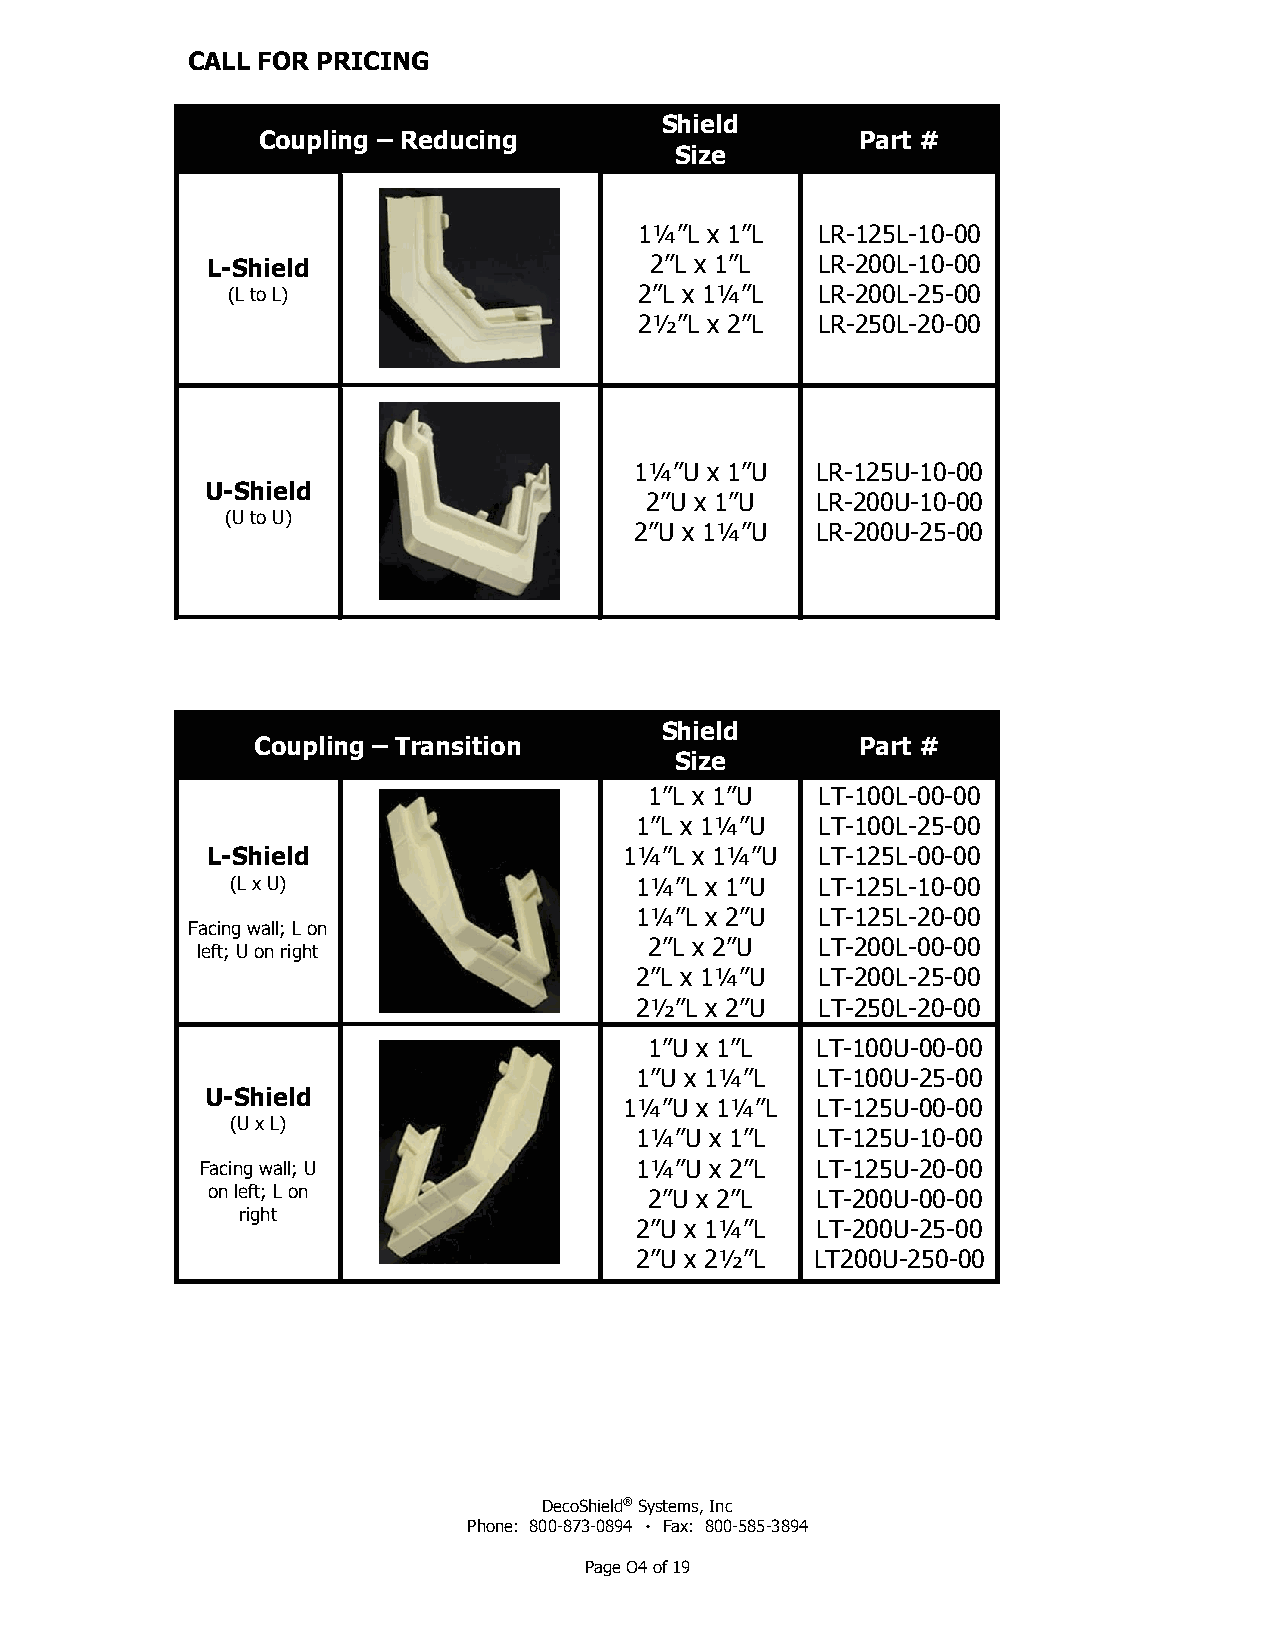
CALL FOR PRICING
 Shield
 Coupling – Reducing                     Part #
 Size
 1¼”L x 1”L  LR-125L-10-00
 L-Shield                     2”L x 1”L  LR-200L-10-00
 (L to L)                   2”L x 1¼”L  LR-200L-25-00
 2½”L x 2”L  LR-250L-20-00
 1¼”U x 1”U  LR-125U-10-00
 U-Shield
 2”U x 1”U  LR-200U-10-00
 (U to U)
 2”U x 1¼”U  LR-200U-25-00
 Shield
 Coupling – Transition                   Part #
 Size
 1”L x 1”U  LT-100L-00-00
 1”L x 1¼”U  LT-100L-25-00
 L-Shield                   1¼”L x 1¼”U  LT-125L-00-00
 (L x U)                    1¼”L x 1”U  LT-125L-10-00
 1¼”L x 2”U  LT-125L-20-00
 Facing wall; L on
 2”L x 2”U  LT-200L-00-00
 left; U on right
 2”L x 1¼”U  LT-200L-25-00
 2½”L x 2”U  LT-250L-20-00
 1”U x 1”L  LT-100U-00-00
 1”U x 1¼”L  LT-100U-25-00
 U-Shield
 1¼”U x 1¼”L  LT-125U-00-00
 (U x L)
 1¼”U x 1”L  LT-125U-10-00
 Facing wall; U               1¼”U x 2”L  LT-125U-20-00
 on left; L on                2”U x 2”L  LT-200U-00-00
 right
 2”U x 1¼”L  LT-200U-25-00
 2”U x 2½”L  LT200U-250-00
 DecoShield® Systems, Inc
 Phone: 800-873-0894 ٠ Fax: 800-585-3894
 Page O4 of 19